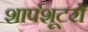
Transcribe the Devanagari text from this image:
शार्पशूटरों